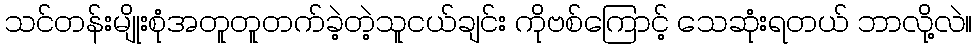
သင်တန်းမျိုးစုံအတူတူတက်ခဲ့တဲ့သူငယ်ချင်း ကိုဗစ်ကြောင့် သေဆုံးရတယ် ဘာလို့လဲ။